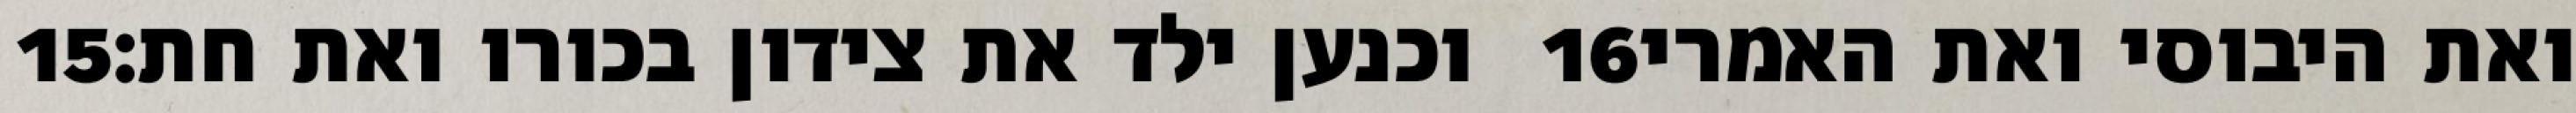
‎15‏ וכנען ילד את צידון בכורו ואת חת׃ ‎16‏ ואת היבוסי ואת האמרי